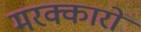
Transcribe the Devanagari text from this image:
मरक्कारों